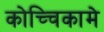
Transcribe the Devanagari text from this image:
कोच्चिकामे